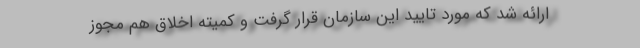
ارائه شد که مورد تایید این سازمان قرار گرفت و کمیته اخلاق هم مجوز